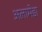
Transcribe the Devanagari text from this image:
अलामेडा